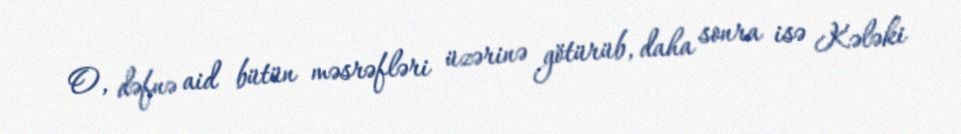
O, dəfnə aid bütün məsrəfləri üzərinə götürüb, daha sonra isə Kələki